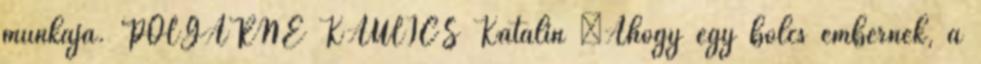
munkája. POLGÁRNÉ KAULICS Katalin „Ahogy egy bölcs embernek, a